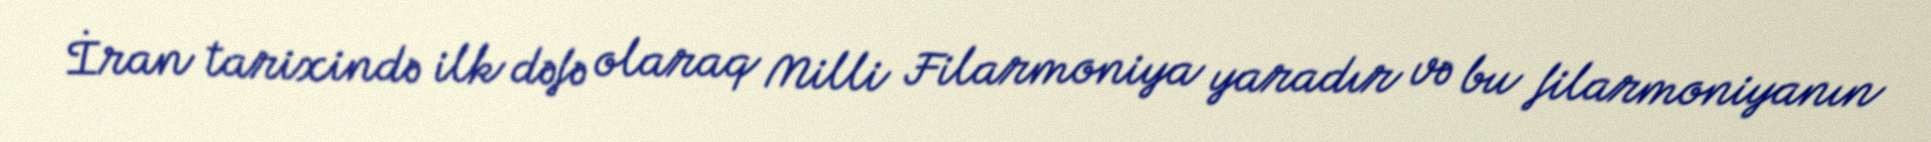
İran tarixində ilk dəfə olaraq Milli Filarmoniya yaradır və bu filarmoniyanın